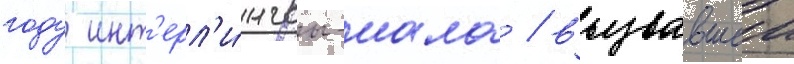
году инт'ерл'и́нгвы-иала / вызвавшеи